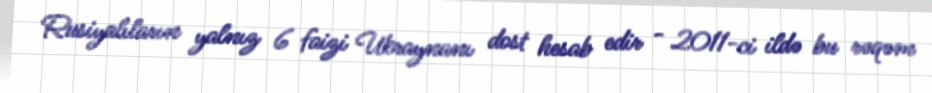
Rusiyalıların yalnız 6 faizi Ukraynanı dost hesab edir - 2011-ci ildə bu rəqəm